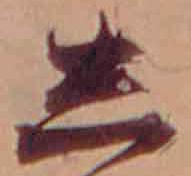
し